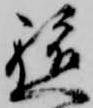
軈